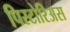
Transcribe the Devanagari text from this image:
पिस्टोरिअस